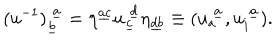
( u ^ { - 1 } ) _ { \underline { { b } } } ^ { ~ \underline { { a } } } = \eta ^ { \underline { { { a c } } } } u _ { \underline { { c } } } ^ { ~ \underline { { d } } } \eta _ { \underline { { { d b } } } } \equiv ( u _ { a } ^ { ~ \underline { { a } } } , u _ { i } ^ { ~ \underline { { a } } } ) .